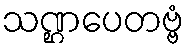
သဏ္ဌပေတဗ္ဗံ